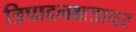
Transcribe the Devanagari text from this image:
त्रिपादनक्षत्रावर